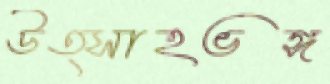
উত্সাহভঙ্গ